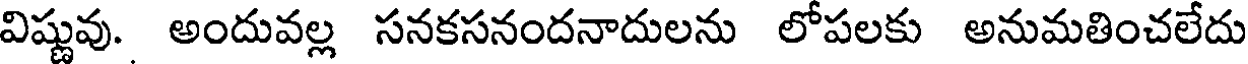
విష్ణువు. అందువల్ల సనకసనందనాదులను లోపలకు అనుమతించలేదు